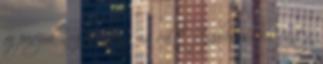
ez piszok nehéz dolog is volt. Újabb villám rázta